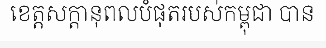
ខេត្តសក្តានុពលបំផុតរបស់កម្ពុជា បាន